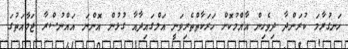
ހަނގުރާމަ ކުރަންދާ ދިވެހިން އާއްމުކޮށް ހަރަކާތްތެރިވަނީ އަލްގައިދާއާ ގުޅުން އޮންނަ އައްނުސްރާ ޖަމާއަތުގަ